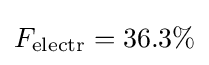
F_{\text{electr}}=36.3\%